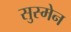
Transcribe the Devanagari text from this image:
सुस्मेन